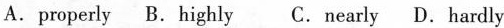
A.properly B.Highly C. Nearly D.Hardly